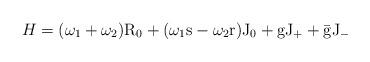
LaTeX: \begin{align*}H = (\omega_1 + \omega_2) \rm R_0 + (\omega_1 s - \omega_2 r) \rm J_0 +g \rm J_+ + \bar g \rm J_-\end{align*}